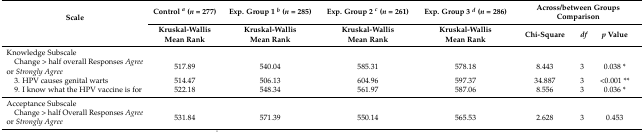
<table><thead><tr><td rowspan="2"><b>Scale</b></td><td><b>Control <i><sup>a</sup></i> (<i>n</i> = 277)</b></td><td><b>Exp. Group 1 <i><sup>b</sup></i> (<i>n</i> = 285)</b></td><td><b>Exp. Group 2 <i><sup>c</sup></i> (<i>n</i> = 261)</b></td><td><b>Exp. Group 3 <i><sup>d</sup></i> (<i>n</i> = 286)</b></td><td colspan="3"><b>Across/between Groups Comparison</b></td></tr><tr><td><b>Kruskal-Wallis Mean Rank</b></td><td><b>Kruskal-Wallis Mean Rank</b></td><td><b>Kruskal-Wallis Mean Rank</b></td><td><b>Kruskal-Wallis Mean Rank</b></td><td><b>Chi-Square</b></td><td><b><i>df</i></b></td><td><b><i>p</i> Value</b></td></tr></thead><tbody><tr><td>Knowledge Subscale</td><td></td><td></td><td></td><td></td><td></td><td></td><td></td></tr><tr><td> Change &gt; half overall Responses <i>Agree</i> or <i>Strongly Agree</i></td><td>517.89</td><td>540.04</td><td>585.31</td><td>578.18</td><td>8.443</td><td>3</td><td>0.038 *</td></tr><tr><td> 3. HPV causes genital warts</td><td>514.47</td><td>506.13</td><td>604.96</td><td>597.37</td><td>34.887</td><td>3</td><td>&lt;0.001 **</td></tr><tr><td> 9. I know what the HPV vaccine is for</td><td>522.18</td><td>548.34</td><td>561.97</td><td>587.06</td><td>8.556</td><td>3</td><td>0.036 *</td></tr><tr><td>Acceptance Subscale</td><td></td><td></td><td></td><td></td><td></td><td></td><td></td></tr><tr><td> Change &gt; half Overall Responses <i>Agree</i> or <i>Strongly Agree</i></td><td>531.84</td><td>571.39</td><td>550.14</td><td>565.53</td><td>2.628</td><td>3</td><td>0.453</td></tr></tbody></table>